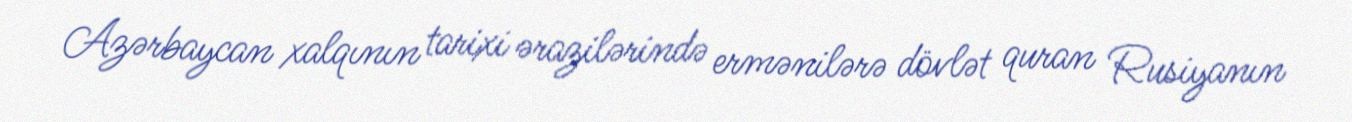
Azərbaycan xalqının tarixi ərazilərində ermənilərə dövlət quran Rusiyanın